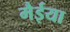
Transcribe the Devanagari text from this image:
मैईया